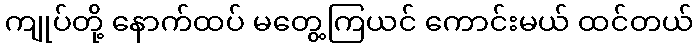
ကျုပ်တို့ နောက်ထပ် မတွေ့ကြယင် ကောင်းမယ် ထင်တယ်